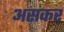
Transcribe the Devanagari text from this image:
असकर